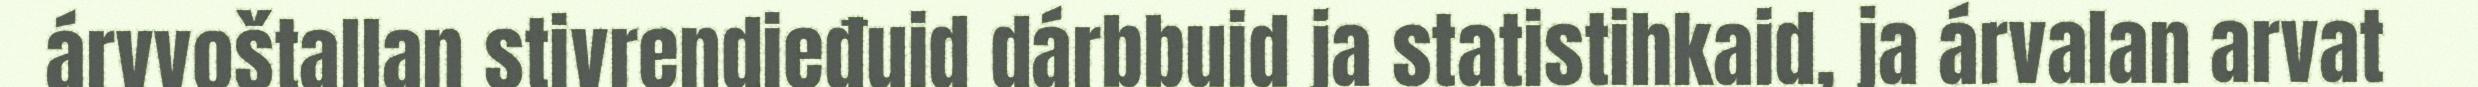
árvvoštallan stivrendieđuid dárbbuid ja statistihkaid, ja árvalan arvat